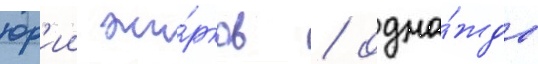
юр'ии жи́рков / одна́жды